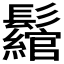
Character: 𩯪